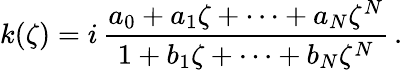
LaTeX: k(\zeta)=i\, \frac{a_{0}+a_{1}\zeta+\cdots+a_{N}\zeta^{N}}{1+b_{1}\zeta+\cdots+b_{N}\zeta^{N}}\, .